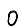
Digit: 0